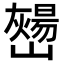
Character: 𡾎